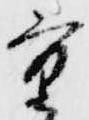
重